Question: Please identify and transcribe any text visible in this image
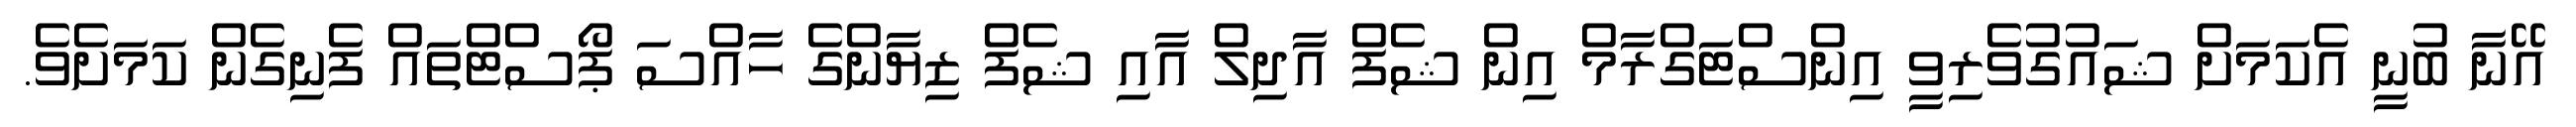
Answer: އޭނާ ބުނީ އެކަމަށް ޝައުގުވެރިވީ އިންސްޓަގްރާމް އިން ޝެފް އާދިލް އާއި ޝެފް ޒިޔާންގެ ހާއްސަ ޕޯސްޓްތައް ފެނިގެން ކަމަށެވެ.